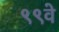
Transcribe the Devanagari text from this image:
९९वे